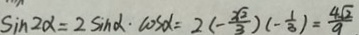
\sin 2 \alpha = 2 \sin \alpha \cdot \cos \alpha = 2 ( - \frac { 2 \sqrt { 2 } } { 3 } ) ( - \frac { 1 } { 3 } ) = \frac { 4 \sqrt { 2 } } { 9 }